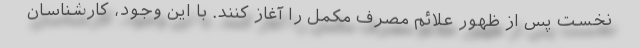
نخست پس از ظهور علائم مصرف مکمل را آغاز کنند. با این وجود، کارشناسان